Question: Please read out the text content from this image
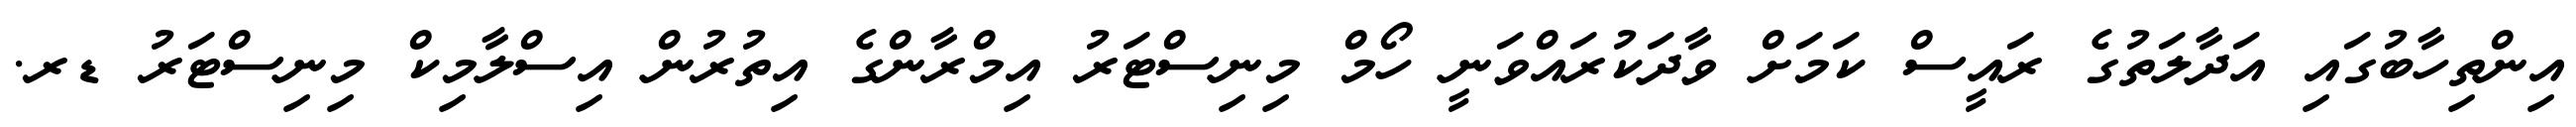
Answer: އިންތިހާބުގައި އަދާލަތުގެ ރައީސް ކަމަށް ވާދަކުރައްވަނީ ހޯމް މިނިސްޓަރު އިމްރާންގެ އިތުރުން އިސްލާމިކް މިނިސްޓަރު ޑރ.